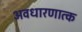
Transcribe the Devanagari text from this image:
अवधारणात्क